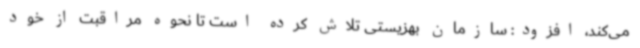
می‌کند، افزود: سازمان بهزیستی تلاش کرده است تا نحوه مراقبت از خود